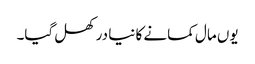
یوں مال کمانے کا نیا در کھل گیا۔